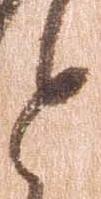
と